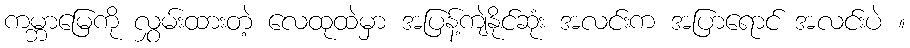
ကမ္ဘာမြေကို လွှမ်းထားတဲ့ လေထုထဲမှာ အပြန့်ကျဲနိုင်ဆုံး အလင်းက အပြာရောင် အလင်းပဲ ။